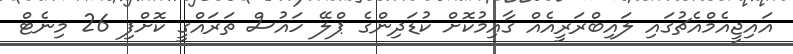
އައިޖީއެމްއެޗުގައި ލައިބްރަރީއެއް ގާއިމުކޮށް ކުޑަދިންގެ ޕްލޭ ހައުސް ތަރައްގީ ކޮށްފި 26 މިނެޓް